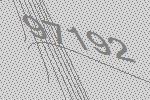
97192